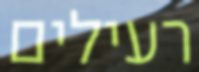
רעילים